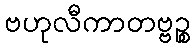
ဗဟုလီကာတဗ္ဗဉ္စ